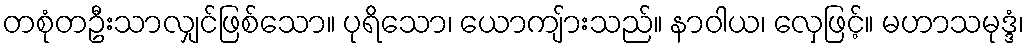
တစုံတဦးသာလျှင်ဖြစ်သော။ ပုရိသော၊ ယောကျ်ားသည်။ နာဝါယ၊ လှေဖြင့်။ မဟာသမုဒ္ဒံ၊